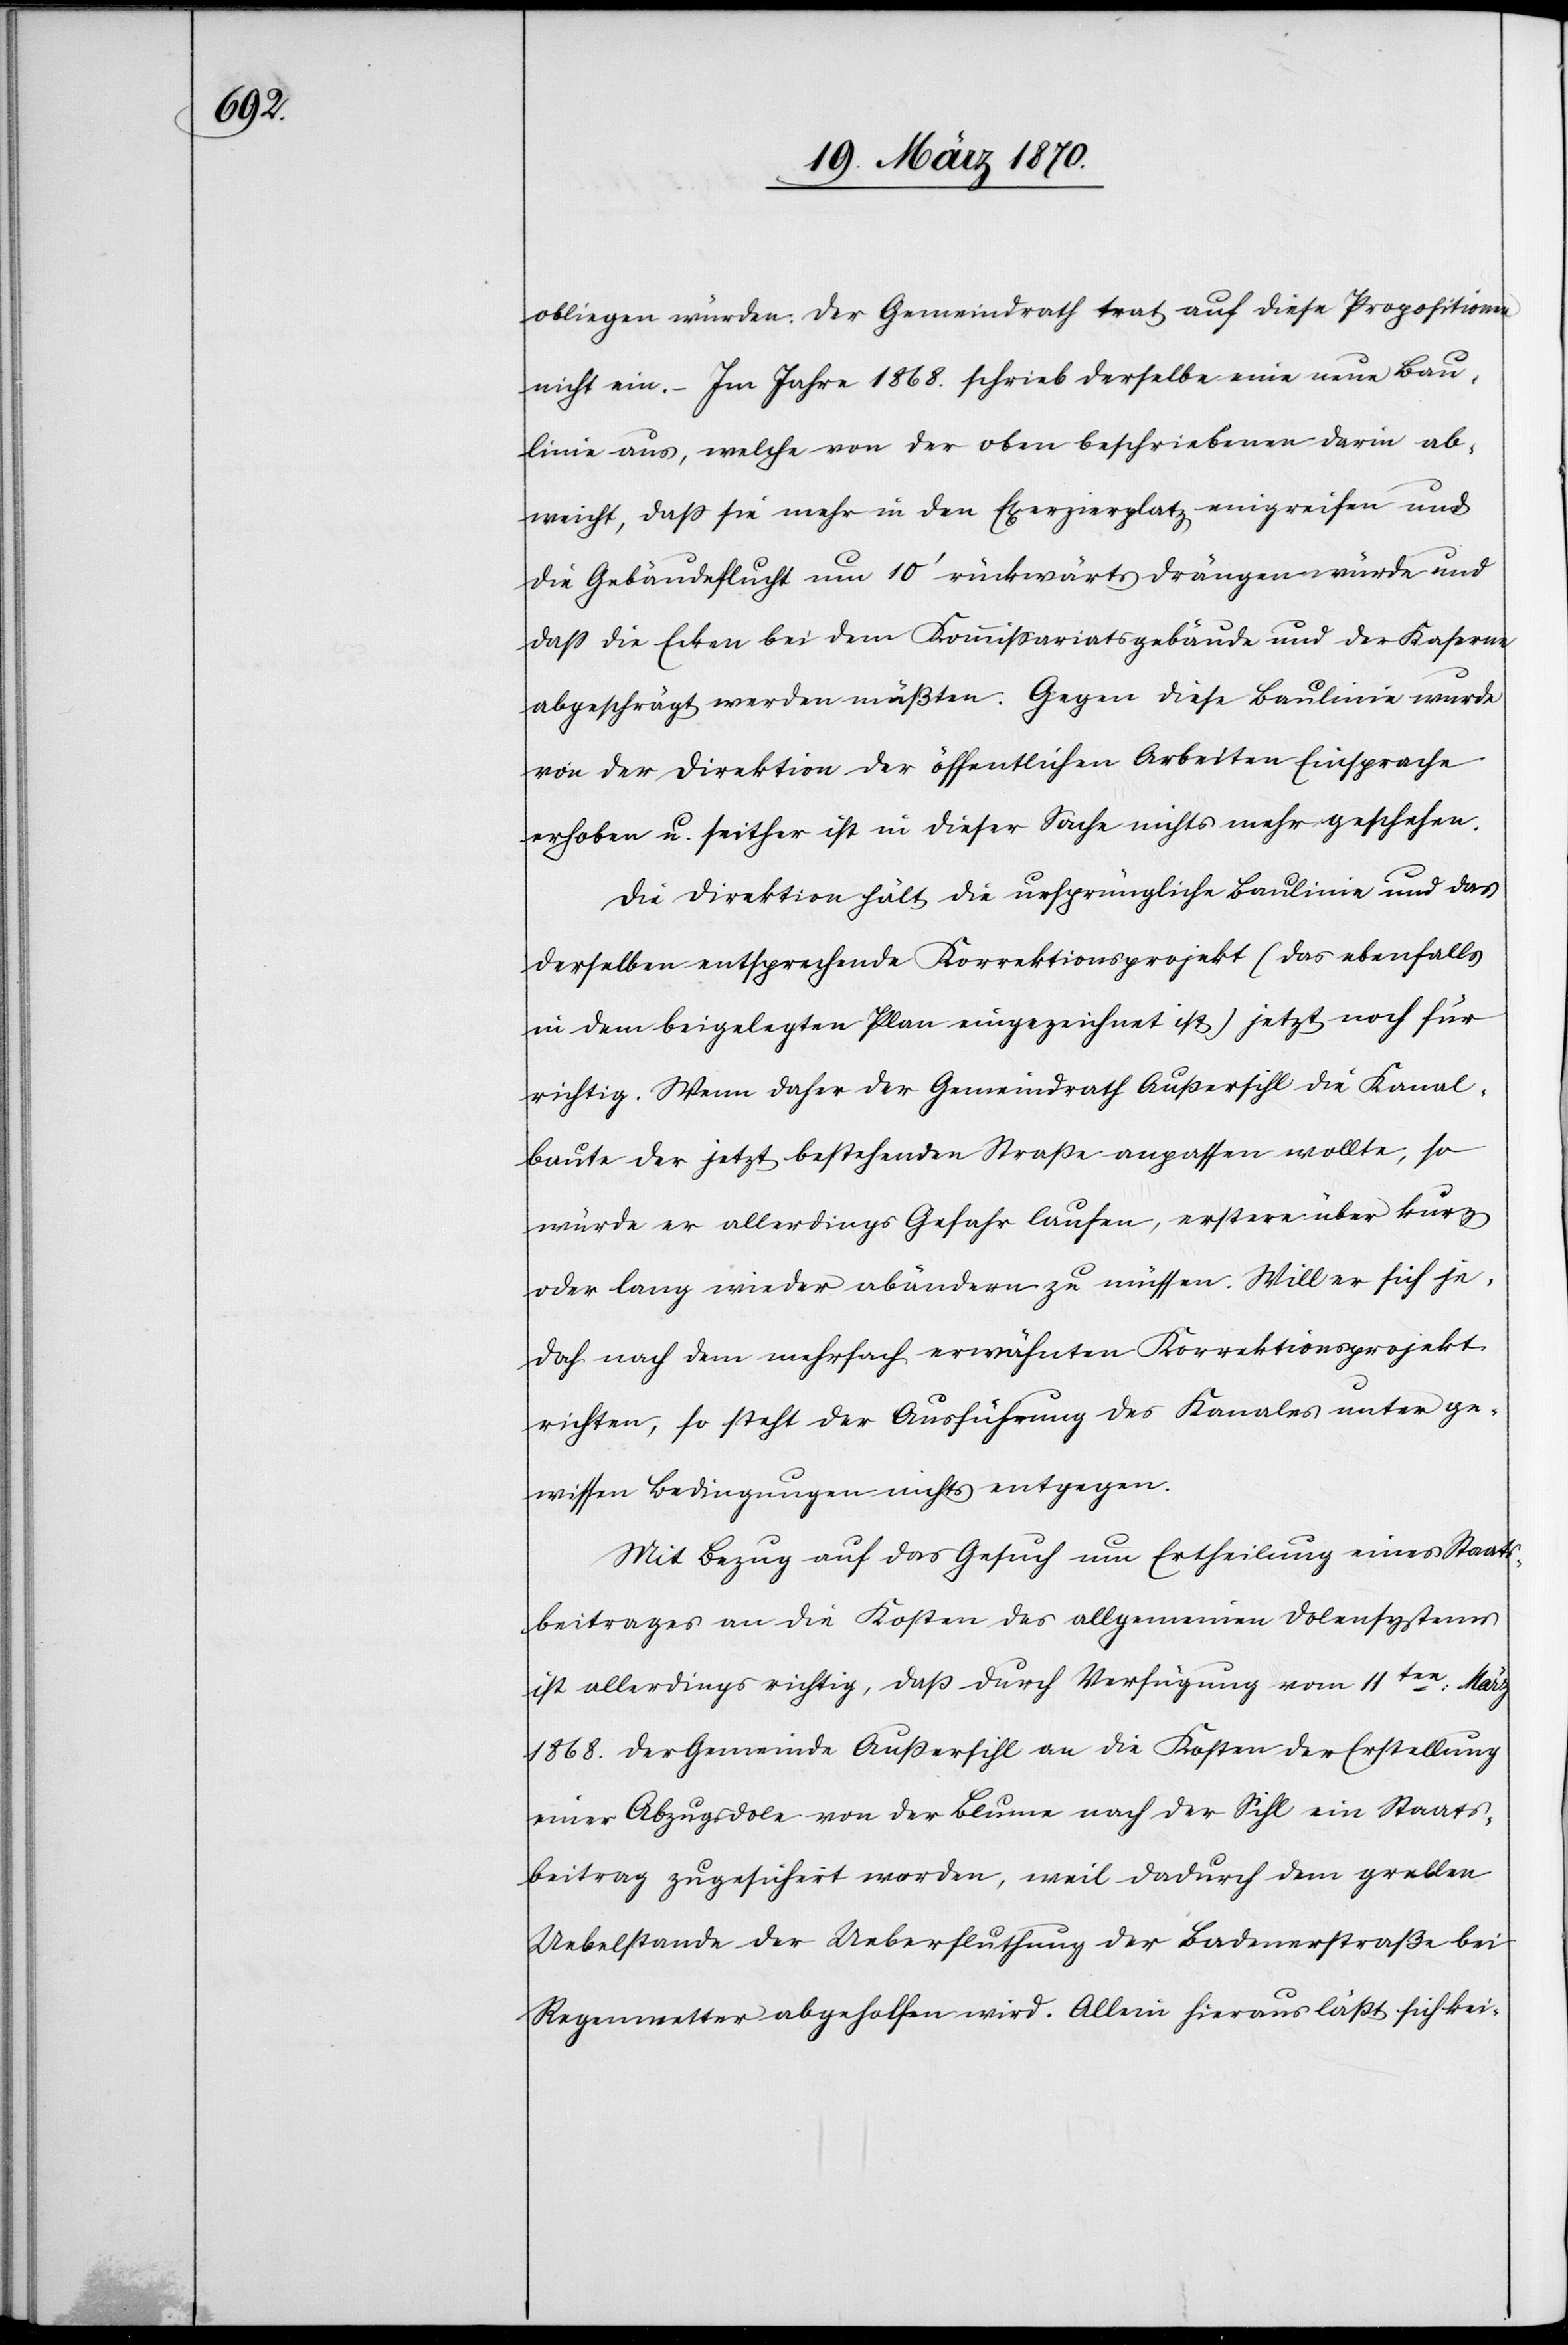
obliegen würden. Der Gemeindrath trat auf diese Propositionen
nicht ein. – Im Jahre 1868. schrieb derselbe eine neue Bau¬
linie aus, welche von der oben beschriebenen darin ab¬
weicht, daß sie mehr in den Exerzierplatz eingreifen und
die Gebäudeflucht um 10‘ rückwärts drängen würde und
daß die Ecken bei dem Kommissariatsgebäude und der Kaserne
abgeschrägt werden müßten. Gegen diese Baulinie wurde
von der Direktion der öffentlichen Arbeiten Einsprache
erhoben u. seither ist in dieser Sache nichts mehr geschehen.
Die Direktion hält die ursprüngliche Baulinie und das
derselben entsprechende Korrektionsprojekt (das ebenfalls
in dem beigelegten Plan eingezeichnet ist) jetzt noch für
richtig. Wenn daher der Gemeindrath Außersihl die Kanal¬
baute der jetzt bestehenden Straße anpassen wollte, so
würde er allerdings Gefahr laufen, erstere über kurz
oder lang wieder abändern zu müssen. Will er sich je¬
doch nach dem mehrfach erwähnten Korrektionsprojekt
richten, so steht der Ausführung des Kanales unter ge¬
wissen Bedingungen nichts entgegen.
Mit Bezug auf das Gesuch um Ertheilung eines Staats¬
beitrages an die Kosten des allgemeinen Dolensystems
ist allerdings richtig, daß durch Verfügung vom 11ten: März
1868. der Gemeinde Außersihl an die Kosten der Erstellung
einer Abzugsdole von der Blume nach der Sihl ein Staats¬
beitrag zugesichert worden, weil dadurch dem grellen
Uebelstande der Ueberfluthung der Badenerstraße bei
Regenwetter abgeholfen wird. Allein hieraus läßt sich kei-